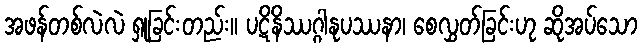
အဖန်တစ်လဲလဲ ရှုခြင်းတည်း။ ပဋိနိဿဂ္ဂါနုပဿနာ၊ စေလွှတ်ခြင်းဟု ဆိုအပ်သော